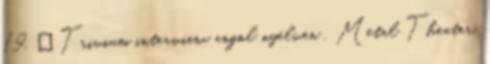
19. ↑ Trivium interview angol nyelven . Metal Theater,